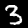
Digit: 3